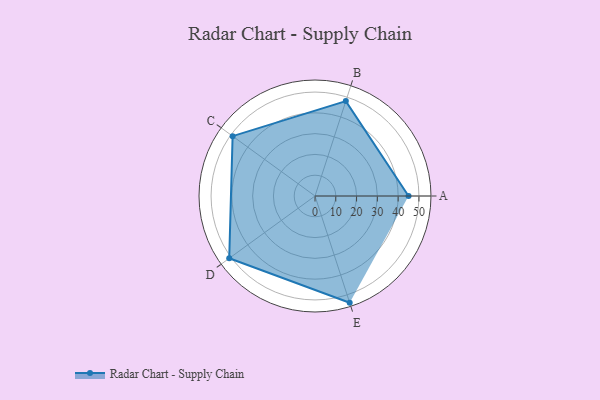
{"axis": {"x": "Skill", "y": "Score"}, "legend": ["Profile"], "data": [{"x": "A", "y": 45.0, "type": "Profile"}, {"x": "B", "y": 48.0, "type": "Profile"}, {"x": "C", "y": 49.0, "type": "Profile"}, {"x": "D", "y": 51.0, "type": "Profile"}, {"x": "E", "y": 54.0, "type": "Profile"}]}